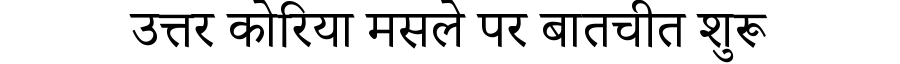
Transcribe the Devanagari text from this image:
उत्तर कोरिया मसले पर बातचीत शुरू